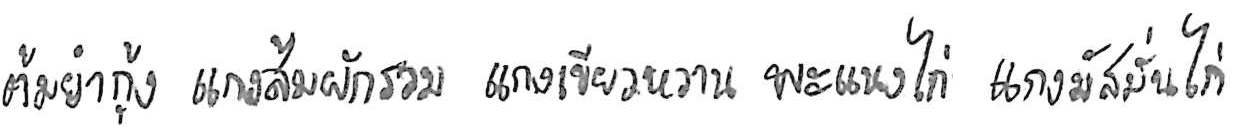
ต้มยำกุ้ง แกงส้มผักรวม แกงเขียวหวาน พะแนงไก่ แกงมัสมั่นไก่